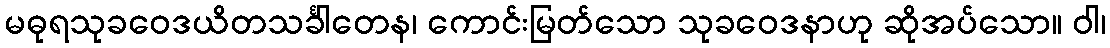
မဓုရသုခဝေဒယိတသင်္ခါတေန၊ ကောင်းမြတ်သော သုခဝေဒနာဟု ဆိုအပ်သော။ ဝါ၊